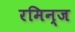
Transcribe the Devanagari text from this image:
रमिन्ज